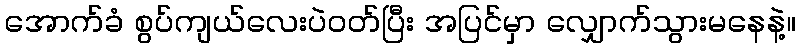
အောက်ခံ စွပ်ကျယ်လေးပဲဝတ်ပြီး အပြင်မှာ လျှောက်သွားမနေနဲ့။